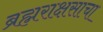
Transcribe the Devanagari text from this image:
ब्रह्मराक्षसाचा